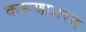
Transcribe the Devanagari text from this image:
करूणाभरण